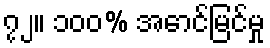
၇၂။ ၁၀၀% အောင်မြင်မှု